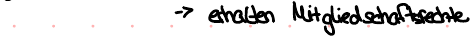
-> erhalten Mitgliedschaftsrechte